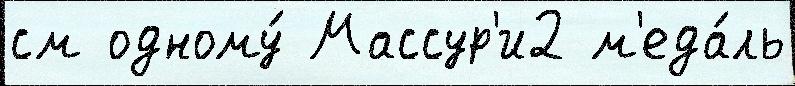
см одному́ Массур'и2 м'еда́ль